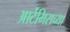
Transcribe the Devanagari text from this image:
आर्टेमिसच्या